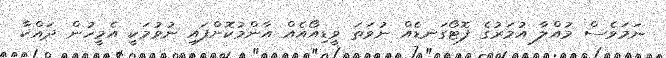
ނަމަވެސް މުއްލާ އުމަރުގެ ފޮޓޯގަނޑެއް ނުވަތަ ވީޑިއޯއެއް އާންމުކޮށްފައި ނުވުމަކީ އެމީހުން ދައްކާ